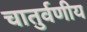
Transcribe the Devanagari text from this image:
चातुर्वणीय